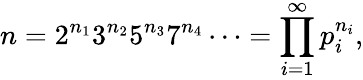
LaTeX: n=2^{n_{1}}3^{n_{2}}5^{n_{3}}7^{n_{4}}\cdots=\prod_{i=1}^{\infty}p_{i}^{n_{i}},